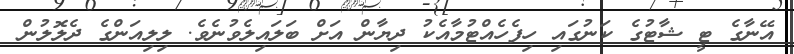
އޭނާގެ ޓީ ޝާޓުގެ ކަނުގައި ހިފެހެއްޓުމާއެކު ދިޔާން އަށް ބަލައިލެވުނެވެ. ލިލިއަންގެ ދެލޮލުން